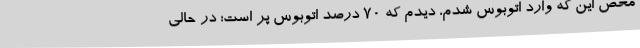
محض این که وارد اتوبوس شدم، دیدم که 70 درصد اتوبوس پر است؛ در حالی